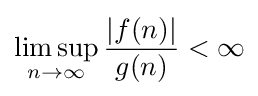
\limsup _{n\to \infty }{\frac {\left|f(n)\right|}{g(n)}}<\infty